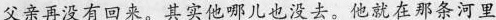
父亲再没有回来，其实他哪儿也没去。他就在条河里